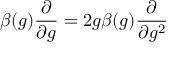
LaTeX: \beta ( g ) \frac { \partial } { \partial g } = 2 g \beta ( g ) \frac { \partial } { \partial g ^ { 2 } }